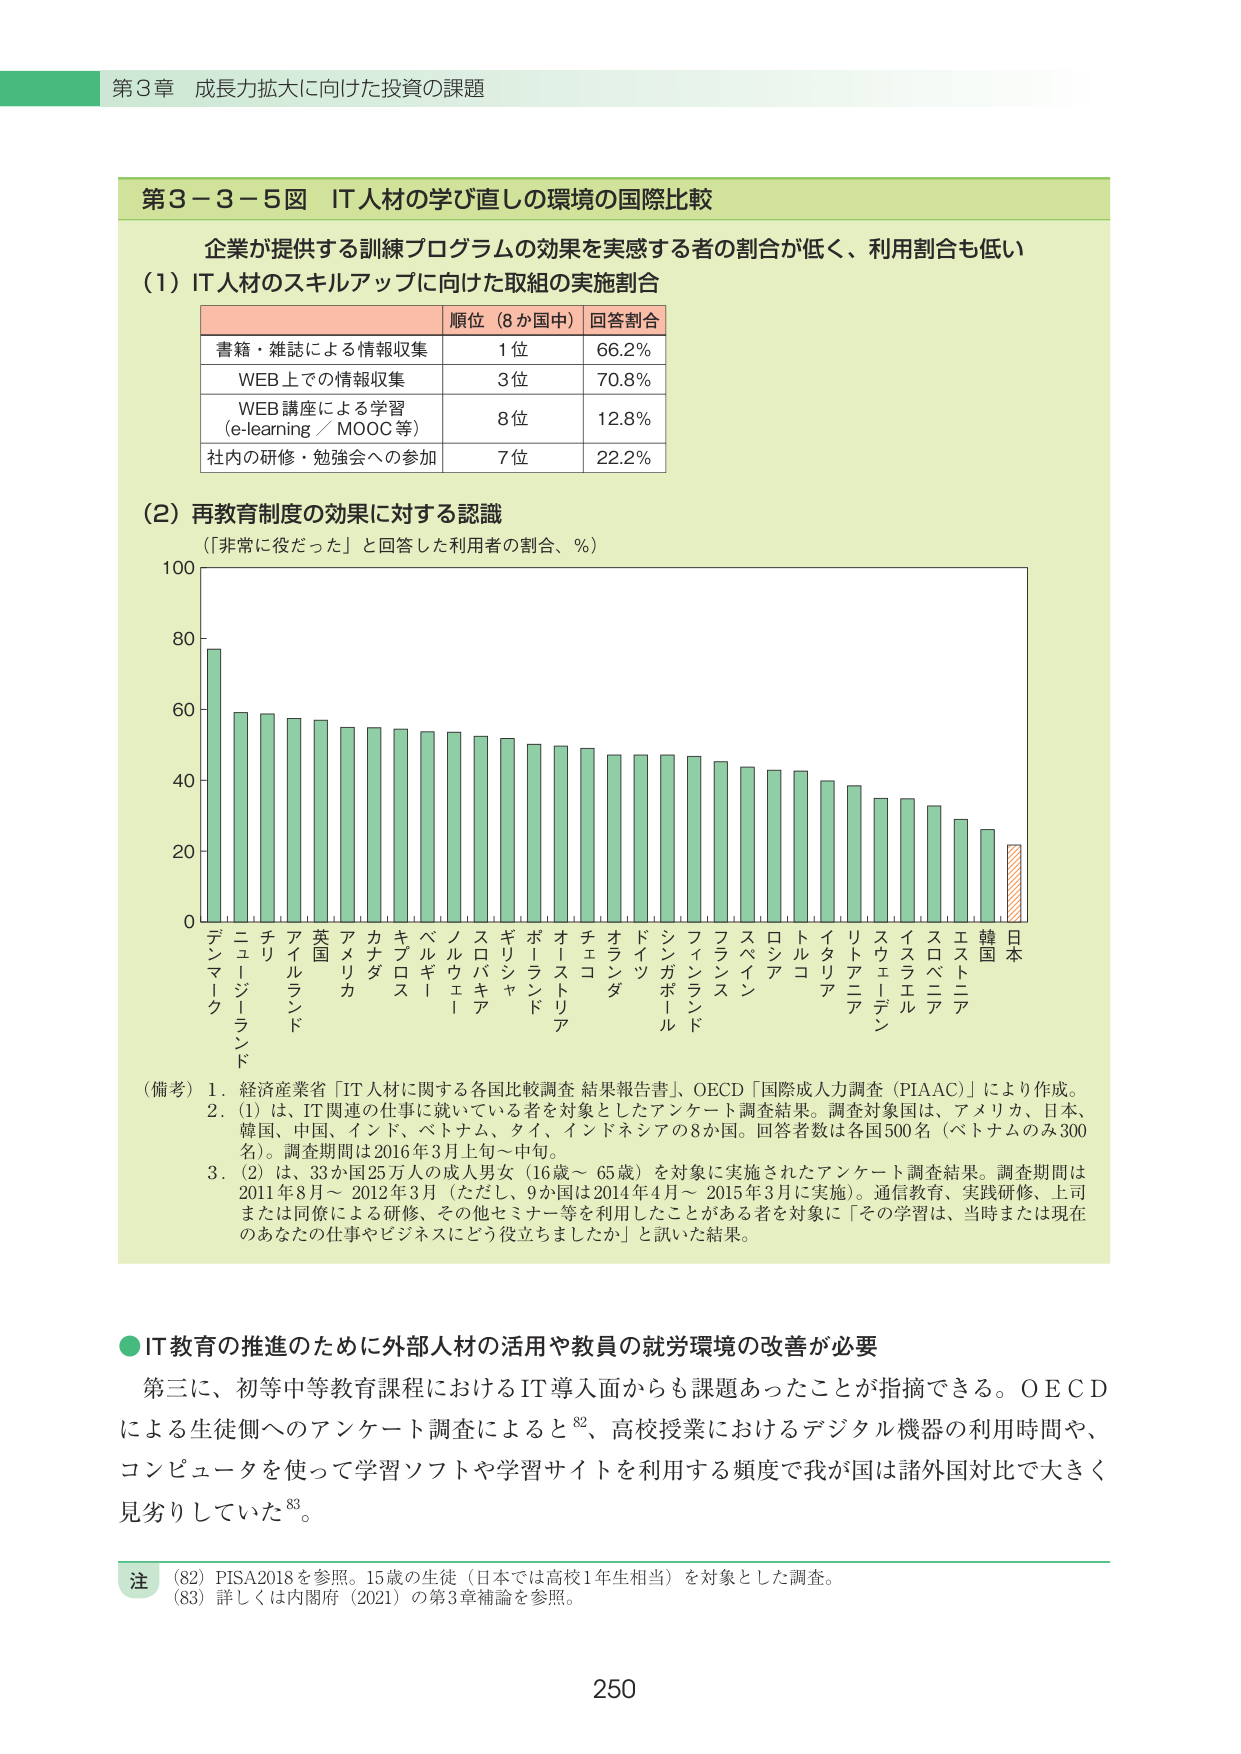
第３章 成長力拡大に向けた投資の課題

第３－３－５図 IT人材の学び直しの環境の国際比較

企業が提供する訓練プログラムの効果を実感する者の割合が低く、利用割合も低い

（1）IT人材のスキルアップに向けた取組の実施割合

順位（8か国中） 回答割合
書籍・雑誌による情報収集 1位 66.2%
WEB上での情報収集 3位 70.8%
WEB講座による学習（e-learning／MOOC等） 8位 12.8%
社内の研修・勉強会への参加 7位 22.2%

（2）再教育制度の効果に対する認識
（「非常に役だった」と回答した利用者の割合、％）

（備考）1．経済産業省「IT人材に関する各国比較調査 結果報告書」、OECD「国際成人力調査（PIAAC）」により作成。
2．（1）は、IT関連の仕事に就いている者を対象としたアンケート調査結果。調査対象国は、アメリカ、日本、韓国、中国、インド、ベトナム、タイ、インドネシアの8か国。回答者数は各国500名（ベトナムのみ300名）。調査期間は2016年3月上旬～中旬。
3．（2）は、33か国25万人の成人男女（16歳～65歳）を対象に実施されたアンケート調査結果。調査期間は2011年8月～2012年3月（ただし、9か国は2014年4月～2015年3月に実施）。通信教育、実践研修、上司または同僚による研修、その他セミナー等を利用したことがある者を対象に「その学習は、当時または現在のあなたの仕事やビジネスにどう役立ちましたか」と訊いた結果。

●IT教育の推進のために外部人材の活用や教員の就労環境の改善が必要

第三に、初等中等教育課程におけるIT導入面からも課題あったことが指摘できる。OECDによる生徒側へのアンケート調査によると⁸²、高校授業におけるデジタル機器の利用時間や、コンピュータを使って学習ソフトや学習サイトを利用する頻度で我が国は諸外国対比で大きく見劣りしていた⁸³。

注 （82）PISA2018を参照。15歳の生徒（日本では高校1年生相当）を対象とした調査。
（83）詳しくは内閣府（2021）の第3章補論を参照。

250